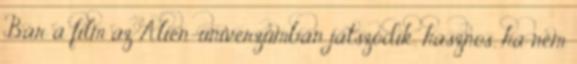
Bár a film az Alien-univerzumban játszódik, hasznos, ha nem